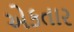
એકતાર